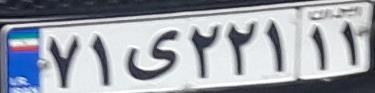
۷۱ی۲۲۱۱۱